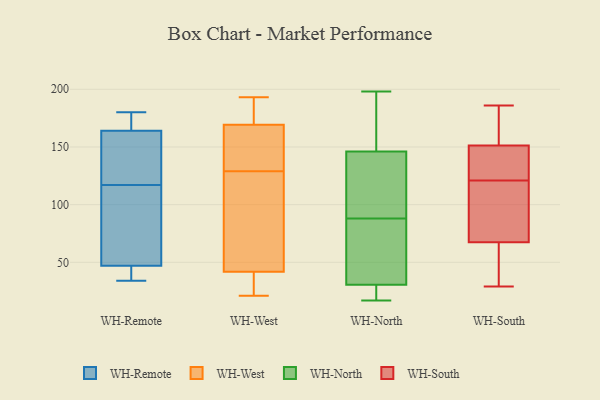
{"axis": {"x": "Tickets Resolved", "y": "Value"}, "legend": ["WH-North", "WH-Remote", "WH-South", "WH-West"], "data": [{"x": "", "y": 59, "type": "WH-Remote"}, {"x": "", "y": 120, "type": "WH-Remote"}, {"x": "", "y": 166, "type": "WH-Remote"}, {"x": "", "y": 180, "type": "WH-Remote"}, {"x": "", "y": 165, "type": "WH-Remote"}, {"x": "", "y": 34, "type": "WH-Remote"}, {"x": "", "y": 95, "type": "WH-Remote"}, {"x": "", "y": 43, "type": "WH-Remote"}, {"x": "", "y": 117, "type": "WH-Remote"}, {"x": "", "y": 161, "type": "WH-Remote"}, {"x": "", "y": 37, "type": "WH-Remote"}, {"x": "", "y": 193, "type": "WH-West"}, {"x": "", "y": 182, "type": "WH-West"}, {"x": "", "y": 33, "type": "WH-West"}, {"x": "", "y": 146, "type": "WH-West"}, {"x": "", "y": 165, "type": "WH-West"}, {"x": "", "y": 87, "type": "WH-West"}, {"x": "", "y": 81, "type": "WH-West"}, {"x": "", "y": 184, "type": "WH-West"}, {"x": "", "y": 165, "type": "WH-West"}, {"x": "", "y": 35, "type": "WH-West"}, {"x": "", "y": 129, "type": "WH-West"}, {"x": "", "y": 24, "type": "WH-West"}, {"x": "", "y": 186, "type": "WH-West"}, {"x": "", "y": 21, "type": "WH-West"}, {"x": "", "y": 107, "type": "WH-West"}, {"x": "", "y": 44, "type": "WH-West"}, {"x": "", "y": 144, "type": "WH-West"}, {"x": "", "y": 84, "type": "WH-North"}, {"x": "", "y": 92, "type": "WH-North"}, {"x": "", "y": 55, "type": "WH-North"}, {"x": "", "y": 198, "type": "WH-North"}, {"x": "", "y": 28, "type": "WH-North"}, {"x": "", "y": 126, "type": "WH-North"}, {"x": "", "y": 27, "type": "WH-North"}, {"x": "", "y": 33, "type": "WH-North"}, {"x": "", "y": 193, "type": "WH-North"}, {"x": "", "y": 17, "type": "WH-North"}, {"x": "", "y": 166, "type": "WH-North"}, {"x": "", "y": 105, "type": "WH-North"}, {"x": "", "y": 95, "type": "WH-South"}, {"x": "", "y": 57, "type": "WH-South"}, {"x": "", "y": 149, "type": "WH-South"}, {"x": "", "y": 126, "type": "WH-South"}, {"x": "", "y": 151, "type": "WH-South"}, {"x": "", "y": 71, "type": "WH-South"}, {"x": "", "y": 100, "type": "WH-South"}, {"x": "", "y": 152, "type": "WH-South"}, {"x": "", "y": 121, "type": "WH-South"}, {"x": "", "y": 44, "type": "WH-South"}, {"x": "", "y": 83, "type": "WH-South"}, {"x": "", "y": 185, "type": "WH-South"}, {"x": "", "y": 180, "type": "WH-South"}, {"x": "", "y": 136, "type": "WH-South"}, {"x": "", "y": 29, "type": "WH-South"}, {"x": "", "y": 33, "type": "WH-South"}, {"x": "", "y": 186, "type": "WH-South"}]}